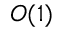
O ( 1 )